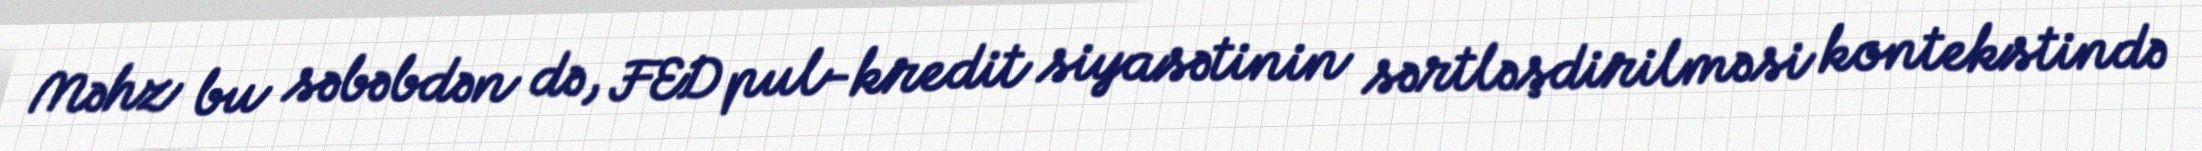
Məhz bu səbəbdən də, FED pul-kredit siyasətinin sərtləşdirilməsi kontekstində